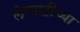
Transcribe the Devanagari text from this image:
लेण्याद्रीच्या